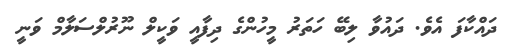
ދައްކާފަ އެވެ. ދައުވާ ލިބޭ ހަތަރު މީހުންގެ ދިފާއީ ވަކީލް ނޫރުލްސަލާމް ވަނީ